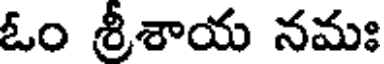
ఓం శ్రీశాయ నమః